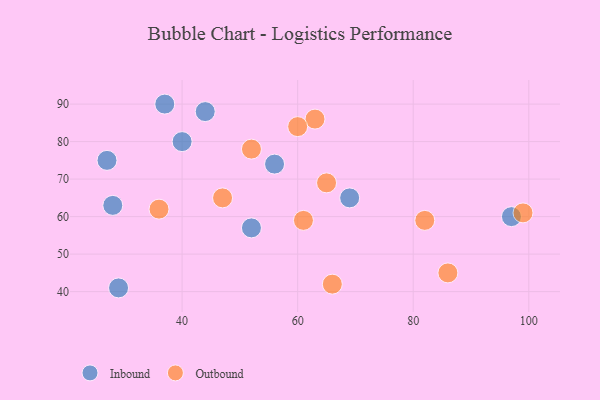
{"axis": {"x": "GDP", "y": "Life Expectancy"}, "legend": ["Inbound", "Outbound"], "data": [{"x": "52", "y": 57, "type": "Inbound"}, {"x": "37", "y": 90, "type": "Inbound"}, {"x": "69", "y": 65, "type": "Inbound"}, {"x": "97", "y": 60, "type": "Inbound"}, {"x": "27", "y": 75, "type": "Inbound"}, {"x": "28", "y": 63, "type": "Inbound"}, {"x": "40", "y": 80, "type": "Inbound"}, {"x": "44", "y": 88, "type": "Inbound"}, {"x": "29", "y": 41, "type": "Inbound"}, {"x": "56", "y": 74, "type": "Inbound"}, {"x": "63", "y": 86, "type": "Outbound"}, {"x": "47", "y": 65, "type": "Outbound"}, {"x": "66", "y": 42, "type": "Outbound"}, {"x": "99", "y": 61, "type": "Outbound"}, {"x": "61", "y": 59, "type": "Outbound"}, {"x": "65", "y": 69, "type": "Outbound"}, {"x": "60", "y": 84, "type": "Outbound"}, {"x": "52", "y": 78, "type": "Outbound"}, {"x": "36", "y": 62, "type": "Outbound"}, {"x": "86", "y": 45, "type": "Outbound"}, {"x": "82", "y": 59, "type": "Outbound"}]}